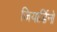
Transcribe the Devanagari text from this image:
जियार्डिनो